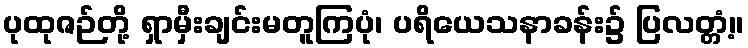
ပုထုဇဉ်တို့ ရှာမှီးချင်းမတူကြပုံ၊ ပရိယေသနာခန်း၌ ပြလတ္တံ့။